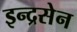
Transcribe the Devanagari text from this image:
इन्द्रसेन